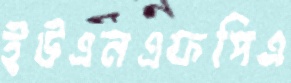
ইউএনএফপিএ